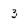
Character: 3